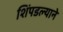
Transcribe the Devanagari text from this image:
शिंपडल्याने